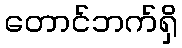
တောင်ဘက်ရှိ